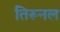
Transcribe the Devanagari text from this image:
तिरूनल